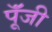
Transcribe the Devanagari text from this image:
पूॅंजी